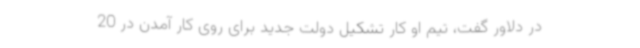
در دلاور گفت، تیم او کار تشکیل دولت جدید برای روی کار آمدن در 20